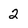
Character: 2